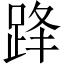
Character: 跭